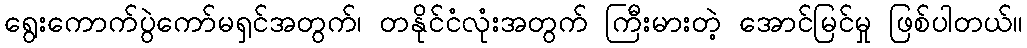
ရွေးကောက်ပွဲကော်မရှင်အတွက်၊ တနိုင်ငံလုံးအတွက် ကြီးမားတဲ့ အောင်မြင်မှု ဖြစ်ပါတယ်။